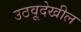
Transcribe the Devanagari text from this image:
उठवूदेखील